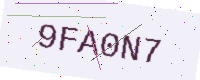
Text: 9FA0N7